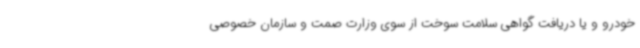
خودرو و یا دریافت گواهی سلامت سوخت از سوی وزارت صمت و سازمان خصوصی